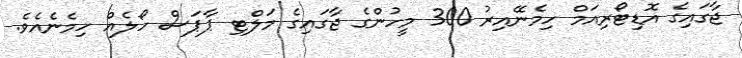
ޖާގައިގެ އޮޑިޓޯރިއަމް ހިމެނޭއިރު 300 މީހުންގެ ޖާގައިގެ މަލްޓި ޕާޕަސް ހޯލެއް ހިމެނެއެވެ.